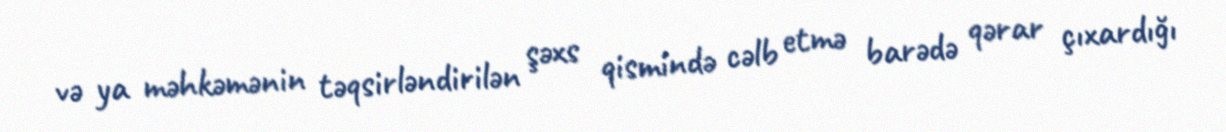
və ya məhkəmənin təqsirləndirilən şəxs qismində cəlb etmə barədə qərar çıxardığı